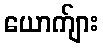
ယောက်ျား